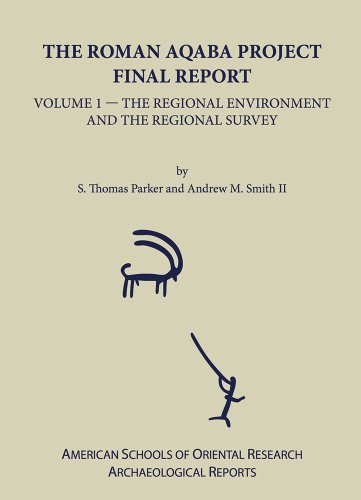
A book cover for The Roman Aqaba Project Final Report, Volume 1: The Regional Environment and the Regional Survey (American Schools of Oriental Research Archaeological Reports); S. Thomas Parker; History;